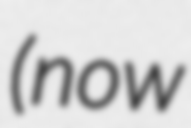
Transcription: (now